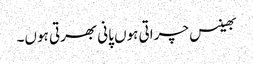
بھینس چراتی ہوں پانی بھرتی ہوں۔